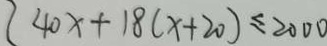
4 0 x + 1 8 ( x + 2 0 ) \leq 2 0 0 0